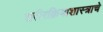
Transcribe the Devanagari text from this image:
शरीरक्रियाशास्त्राचे